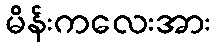
မိန်းကလေးအား